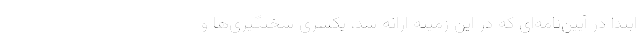
ابتدا در آیین‌نامه‌ای که در این زمینه ارائه شد، یکسری سختگیری‌ها و